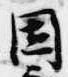
固